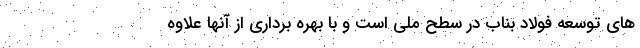
های توسعه فولاد بناب در سطح ملی است و با بهره برداری از آنها علاوه